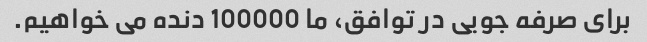
برای صرفه جویی در توافق، ما 100000 دنده می خواهیم.